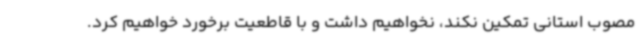
مصوب استانی تمکین نکند، نخواهیم داشت و با قاطعیت برخورد خواهیم کرد.